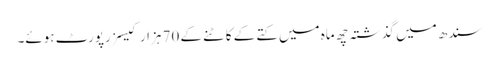
سندھ میں گذشتہ چھ ماہ میں کتے کے کاٹنے کے 70 ہزار کیسز رپورٹ ہوئے۔